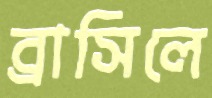
ব্রাসিলে